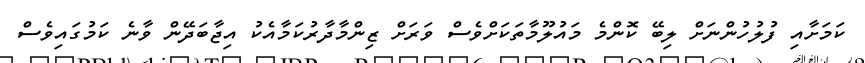
ކަމަށާއި ފުލުހުންނަށް ލިބޭ ކޮންމެ މައުލޫމާތަކަށްވެސް ވަރަށް ޒިންމާދާރުކަމާއެކު އިޖާބަދޭން ވާނެ ކަމުގައިވެސް